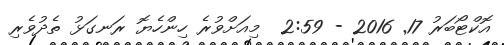
އޮކްޓޯބަރު 17